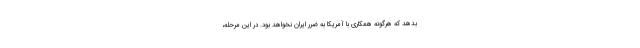
بدهد که هرگونه همکاری با آمریکا به ضرر ایران نخواهد بود. در این مرحله،